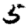
Digit: 5